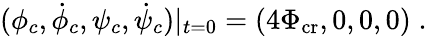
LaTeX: (\phi_{c},\dot{\phi}_{c},\psi_{c},\dot{\psi}_{c})|_{t=0}=(4\Phi_{\mathrm{cr}},0,0,0)\; .